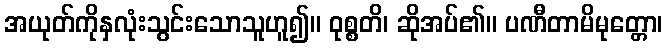
အယုတ်ကိုနှလုံးသွင်းသောသူဟူ၍။ ဝုစ္စတိ၊ ဆိုအပ်၏။ ပဏီတာမိမုတ္တော၊